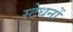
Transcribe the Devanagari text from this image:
स्टेधनों